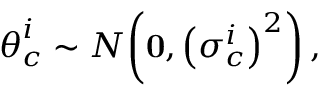
{ \boldsymbol { \theta } } _ { c } ^ { i } \sim { \cal { N } } { \left( { \bf 0 } , { \left( \sigma _ { c } ^ { i } \right) } ^ { 2 } \right) , }